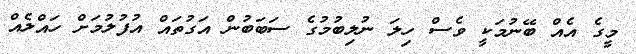
މީގެ އެއް ބޭނުމަކީ ވެސް ހިލަ ނުލިބުމުގެ ސަބަބުން އަގުތައް އުފުލުމަށް ހައްލެއް